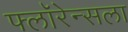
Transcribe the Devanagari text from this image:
फ्लॉरेन्सला